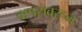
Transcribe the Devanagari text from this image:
वापरावरून